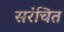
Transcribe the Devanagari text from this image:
सरंचित